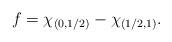
LaTeX: \begin{align*}f=\chi_{(0,1/2)}-\chi_{(1/2,1)}.\end{align*}